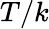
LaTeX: T/k